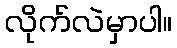
လိုက်လဲမှာပါ။